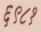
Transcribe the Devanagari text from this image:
६९८१